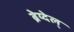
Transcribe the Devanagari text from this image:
ब्रेय्देल्